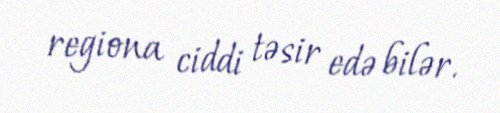
regiona ciddi təsir edə bilər.